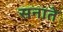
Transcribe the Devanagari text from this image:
सनाते